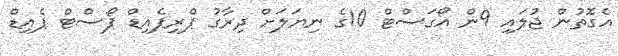
އެގޮތުން ޖުލައި 9ން އޯގަސްޓް 10ގެ ނިޔަލަށް ދިރާގު ޕްރިޕެއިޑް ޕޯސްޓް ޕެއިޑް